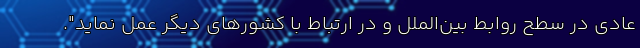
عادی در سطح روابط بین‌الملل و در ارتباط با کشورهای دیگر عمل نماید".